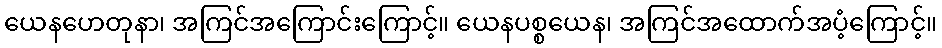
ယေနဟေတုနာ၊ အကြင်အကြောင်းကြောင့်။ ယေနပစ္စယေန၊ အကြင်အထောက်အပံ့ကြောင့်။